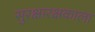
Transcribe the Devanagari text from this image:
सुरक्षारक्षकाला